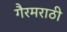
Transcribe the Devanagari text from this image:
गैरमराठी